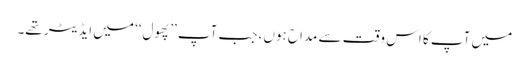
میں آپ کا اس وقت سے مداح ہوں، جب آپ ’’پھول‘‘ میں ایڈیٹر تھے۔